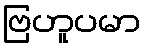
ဗြဟူပမာ